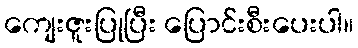
ကျေးဇူးပြုပြီး ပြောင်းစီးပေးပါ။